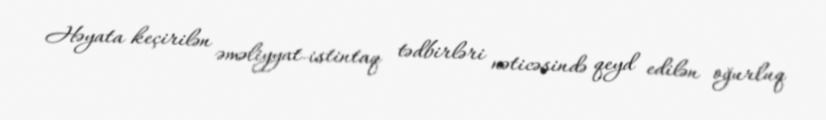
Həyata keçirilən əməliyyat-istintaq tədbirləri nəticəsində qeyd edilən oğurluq